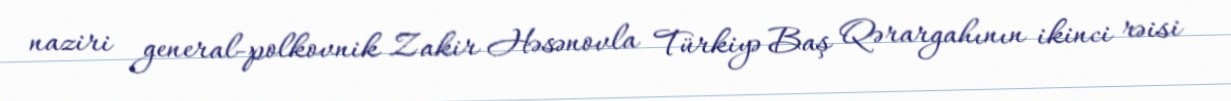
naziri general-polkovnik Zakir Həsənovla Türkiyə Baş Qərargahının ikinci rəisi